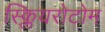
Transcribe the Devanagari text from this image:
स्क्लियरोटोम